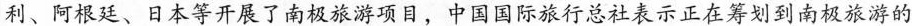
利、阿根廷、日本等开展了南极旅游项目，中国国际旅行总社表示正在筹划到南极旅游的